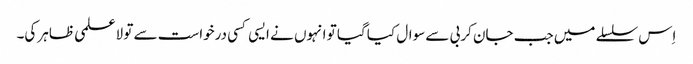
اِس سلسلے میں جب جان کربی سے سوال کیا گیا تو انہوں نے ایسی کسی درخواست سے تو لاعلمی ظاہر کی۔